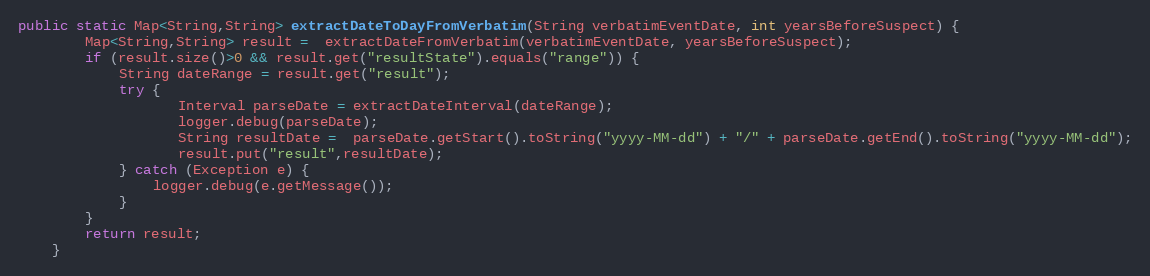
Language: Java
public static Map<String,String> extractDateToDayFromVerbatim(String verbatimEventDate, int yearsBeforeSuspect) {
		Map<String,String> result =  extractDateFromVerbatim(verbatimEventDate, yearsBeforeSuspect);
		if (result.size()>0 && result.get("resultState").equals("range")) {
			String dateRange = result.get("result");
			try {
				   Interval parseDate = extractDateInterval(dateRange);
				   logger.debug(parseDate);
				   String resultDate =  parseDate.getStart().toString("yyyy-MM-dd") + "/" + parseDate.getEnd().toString("yyyy-MM-dd");
				   result.put("result",resultDate);
			} catch (Exception e) {
				logger.debug(e.getMessage());
			}
		}
		return result;
	}